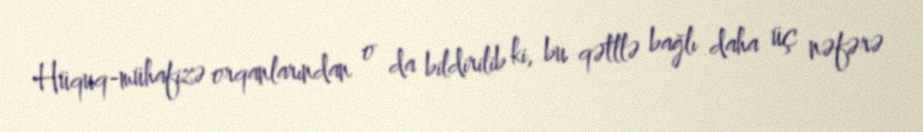
Hüquq-mühafizə orqanlarından o da bildirilib ki, bu qətllə bağlı daha üç nəfərə